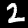
Label: 2